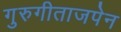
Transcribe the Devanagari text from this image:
गुरुगीताजपेन